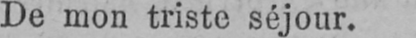
De mon triste séjour.